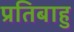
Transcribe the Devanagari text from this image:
प्रतिबाहु